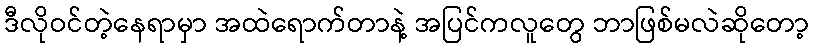
ဒီလိုဝင်တဲ့နေရာမှာ အထဲရောက်တာနဲ့ အပြင်ကလူတွေ ဘာဖြစ်မလဲဆိုတော့